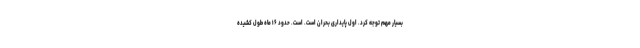
بسیار مهم توجه کرد. اول پایداری بحران است. است. حدود ۱۶ ماه طول کشیده